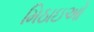
મિઠાઇઓ